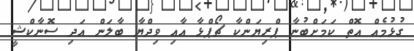
ގުޅުމެއް އޮތް ކަމަށްބުނާ ޕްރިޔަންކާ ޗޯޕްޅާ އާއި ވިދްޔާ ބާލަން އަދި ސޮނާކްޝީ